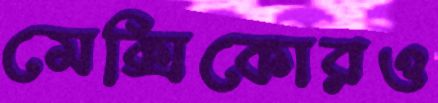
মেক্সিকোরও